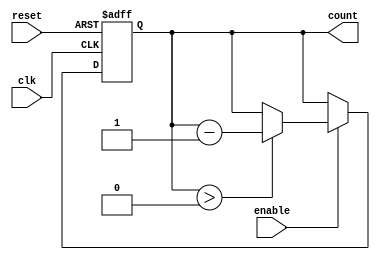
module down_counter #(
    parameter N = 4,               // Number of bits for the counter
    parameter MAX_VALUE = 15       // Maximum value for the counter (2^N - 1)
)(
    input wire clk,                // Clock input
    input wire reset,              // Asynchronous reset
    input wire enable,             // Enable signal
    output reg [N-1:0] count       // Current count value output
);

    // Asynchronous reset and counting logic
    always @(posedge clk or posedge reset) begin
        if (reset) begin
            count <= MAX_VALUE;     // Reset to maximum value
        end else if (enable) begin
            if (count > 0) begin
                count <= count - 1; // Decrement the count
            end
            // If count is 0, it remains 0 (no underflow)
        end
    end

endmodule